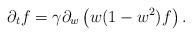
LaTeX: \begin{align*}\partial_t f =\gamma\partial_w\left(w(1-w^2)f\right).\end{align*}